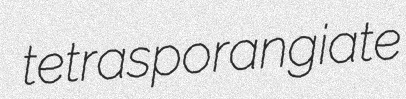
tetrasporangiate